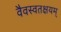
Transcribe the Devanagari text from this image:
वैवस्वतक्षयम्